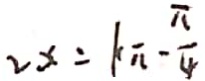
2 x = k \pi - \frac { \pi } { 4 } )